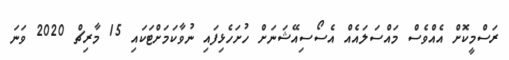
ރަސްމީކޮށް އެއްވެސް މައްސަލައެއް އެސޯސިއޭޝަނަށް ހުށަހެޅިފައި ނުވާކަމަށްޓަކައި 15 މާރިޗް 2020 ވަނަ